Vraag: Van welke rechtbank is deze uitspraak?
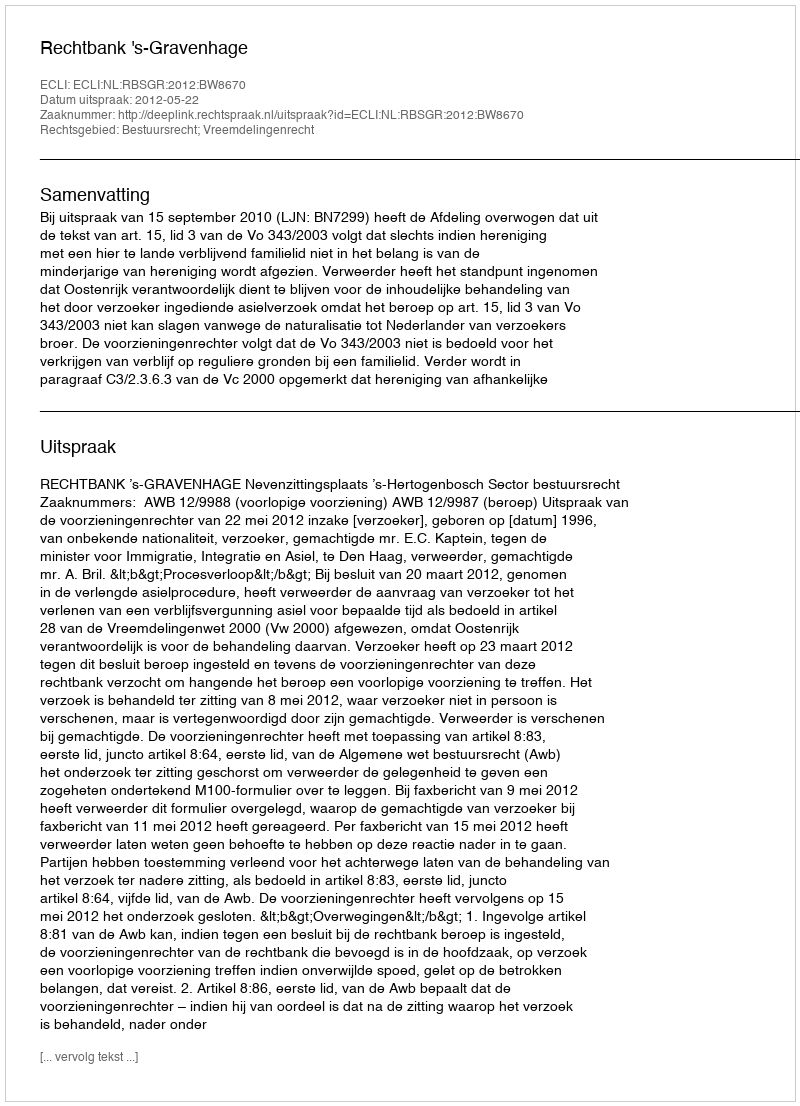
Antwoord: Rechtbank 's-Gravenhage